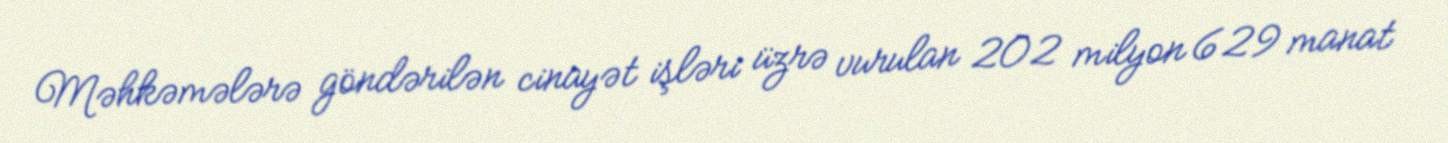
Məhkəmələrə göndərilən cinayət işləri üzrə vurulan 202 milyon 629 manat